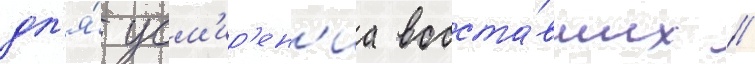
дл'я́ усм'ир'ен'иа восста́вших //